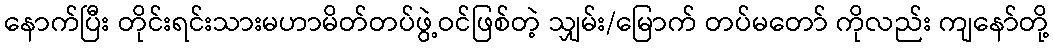
နောက်ပြီး တိုင်းရင်းသားမဟာမိတ်တပ်ဖွဲ့ဝင်ဖြစ်တဲ့ သျှမ်း/မြောက် တပ်မတော် ကိုလည်း ကျနော်တို့